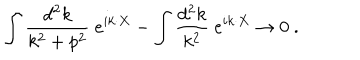
\int { \frac { d ^ { 2 } k } { k ^ { 2 } + p ^ { 2 } } } ~ e ^ { i k \cdot X } - \int { \frac { d ^ { 2 } k } { k ^ { 2 } } } ~ e ^ { i k \cdot X } \rightarrow 0 ~ .